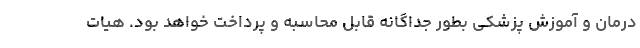
درمان و آموزش پزشکی بطور جداگانه قابل محاسبه و پرداخت خواهد بود. هیات